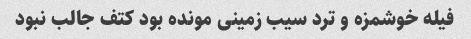
فیله خوشمزه و ترد سیب زمینی مونده بود کتف جالب نبود